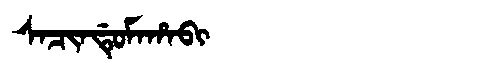
Manchu: ᠰᠠᠴᡳᠨᡩᡠᠮᠠᡥᠠᠪᡳ
Romanization: SACINDUMAHABI